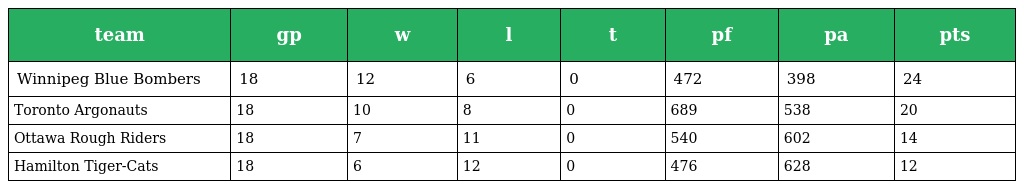
| team | gp | w | l | t | pf | pa | pts |
 | --- | --- | --- | --- | --- | --- | --- | --- |
 | Winnipeg Blue Bombers | 18 | 12 | 6 | 0 | 472 | 398 | 24 |
 | Toronto Argonauts | 18 | 10 | 8 | 0 | 689 | 538 | 20 |
 | Ottawa Rough Riders | 18 | 7 | 11 | 0 | 540 | 602 | 14 |
 | Hamilton Tiger-Cats | 18 | 6 | 12 | 0 | 476 | 628 | 12 |